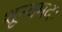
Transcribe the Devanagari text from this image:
शून्यमदः